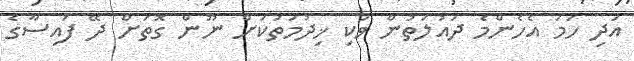
އަދި ހަމަ އެހެންމެ ދައުލަތުން ވަކި ޚިދުމަތަކަށް ނޫން ގޮތަށް ދޭ ފައިސާގެ